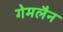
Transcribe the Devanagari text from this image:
गेमलैन